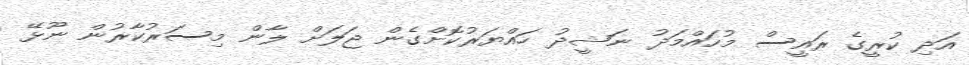
އަދި ކުރީގެ ރައީސް މުހައްމަދު ނަޝީދު ހައްޔަރުކޮށްގެން ޖަލަށް ލާން މިސަރުކާރުން ނޫޅޭ